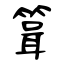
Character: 箿